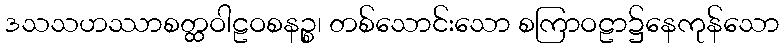
ဒသသဟဿာစတ္ထဝါဠဝစနဉ္စ၊ တစ်သောင်းသော စကြာဝဠာ၌နေကုန်သော